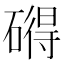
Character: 𥕣